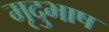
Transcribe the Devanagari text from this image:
मृदुभाष